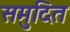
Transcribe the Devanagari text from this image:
समुदित